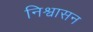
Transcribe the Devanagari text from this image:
निश्वासन